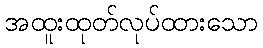
အထူးထုတ်လုပ်ထားသော